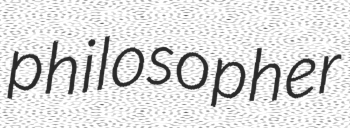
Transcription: philosopher